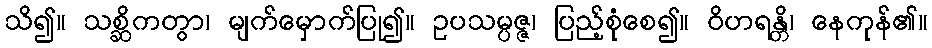
သိ၍။ သစ္ဆိကတွာ၊ မျက်မှောက်ပြု၍။ ဥပသမ္ပဇ္ဇ၊ ပြည့်စုံစေ၍။ ဝိဟရန္တိ၊ နေကုန်၏။